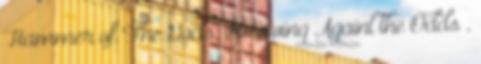
Hammer of The Gods, Surviving Againt the Odds ,